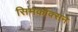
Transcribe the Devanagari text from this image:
सिमकॉक्सने